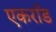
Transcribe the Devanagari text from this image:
एकरॉड